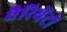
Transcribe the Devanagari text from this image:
वैरियेंटों